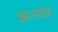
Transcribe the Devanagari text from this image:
अन्तंतः